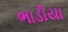
ભાડીયા